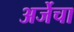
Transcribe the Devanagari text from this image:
अर्जेचा